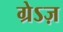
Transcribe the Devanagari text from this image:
ग्रेऽज़